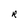
Character: R